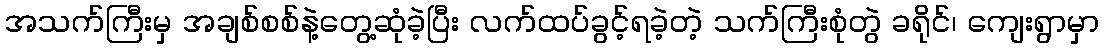
အသက်ကြီးမှ အချစ်စစ်နဲ့တွေ့ဆုံခဲ့ပြီး လက်ထပ်ခွင့်ရခဲ့တဲ့ သက်ကြီးစုံတွဲ ခရိုင်၊ ကျေးရွာမှာ